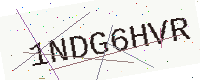
Text: 1NDG6HVR